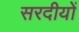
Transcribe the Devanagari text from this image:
सरदीयों